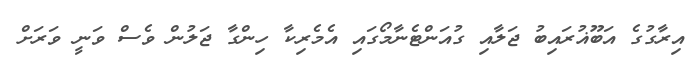
އިރާގުގެ އަބޫޣުރައިބު ޖަލާއި ގުއަންޓެނާމޯގައި އެމެރިކާ ހިންގާ ޖަލުން ވެސް ވަނީ ވަރަށް